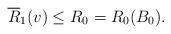
LaTeX: \begin{align*}\overline{R}_1(v) \leq R_0 = R_0(B_0).\end{align*}